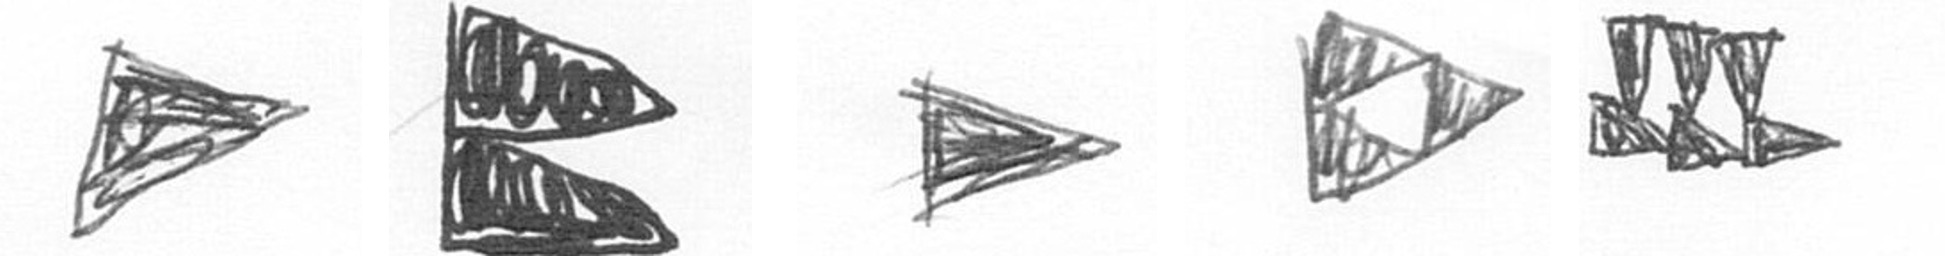
T P T K D